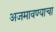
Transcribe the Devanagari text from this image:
अजमावण्याचा